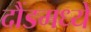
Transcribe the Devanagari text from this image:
दौंडमध्ये